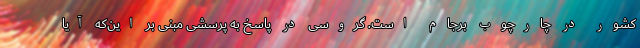
کشور در چارچوب برجام است. گروسی در پاسخ به پرسشی مبنی بر این‌که آیا